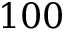
1 0 0